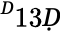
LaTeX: ^Ḋ13Ḍ